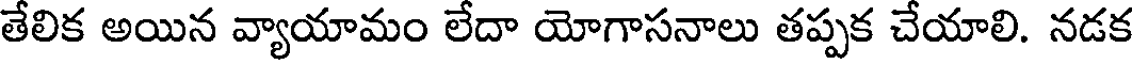
తేలిక అయిన వ్యాయామం లేదా యోగాసనాలు తప్పక చేయాలి. నడక